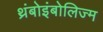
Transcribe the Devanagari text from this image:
थ्रंबोइंबोलिज्म